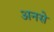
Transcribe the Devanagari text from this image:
अनसे